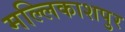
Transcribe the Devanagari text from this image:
मल्लिकाशपुर